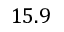
1 5 . 9